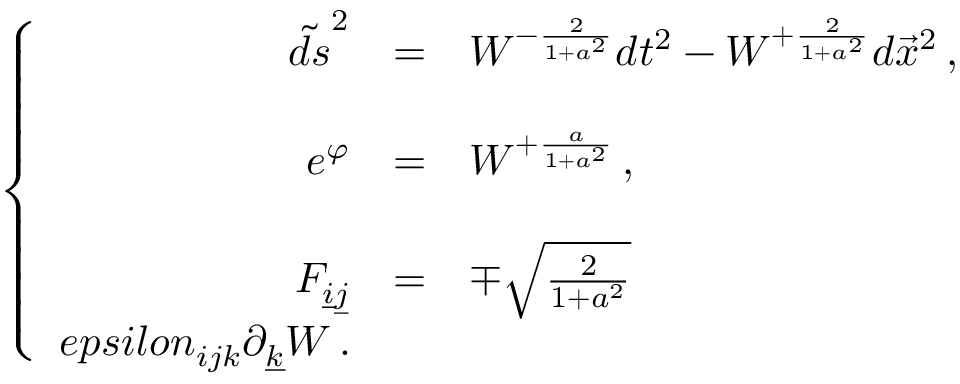
\left\{ \begin{array} { r c l } { { \tilde { d s } ^ { 2 } } } & { { = } } & { { W ^ { - \frac { 2 } { 1 + a ^ { 2 } } } d t ^ { 2 } - W ^ { + \frac { 2 } { 1 + a ^ { 2 } } } d \vec { x } ^ { 2 } \, , } } \\ { { } } & { { } } & { { } } \\ { { e ^ { \varphi } } } & { { = } } & { { W ^ { + \frac { a } { 1 + a ^ { 2 } } } \, , } } \\ { { } } & { { } } & { { } } \\ { { F _ { \underline { { { i } } } \underline { { { j } } } } } } & { { = } } & { { \mp \sqrt { \frac { 2 } { 1 + a ^ { 2 } } } } } \\ { { e p s i l o n _ { i j k } \partial _ { \underline { { { k } } } } W \, . } } \end{array} \right.